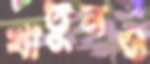
খাতুনও